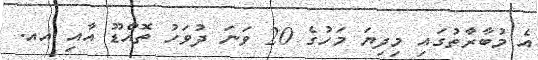
އެ މުބާރާތުގައި މިދިޔަ މަހުގެ 20 ވަނަ ދުވަހު ތޮއްޑޫ އާއި އއ.